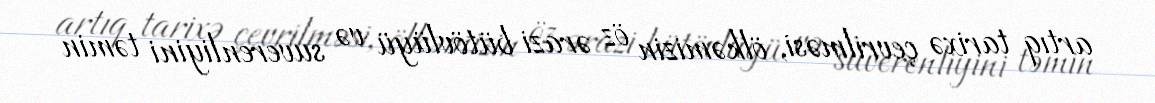
artıq tarixə çevrilməsi, ölkəmizin öz ərazi bütövlüyü və suverenliyini təmin